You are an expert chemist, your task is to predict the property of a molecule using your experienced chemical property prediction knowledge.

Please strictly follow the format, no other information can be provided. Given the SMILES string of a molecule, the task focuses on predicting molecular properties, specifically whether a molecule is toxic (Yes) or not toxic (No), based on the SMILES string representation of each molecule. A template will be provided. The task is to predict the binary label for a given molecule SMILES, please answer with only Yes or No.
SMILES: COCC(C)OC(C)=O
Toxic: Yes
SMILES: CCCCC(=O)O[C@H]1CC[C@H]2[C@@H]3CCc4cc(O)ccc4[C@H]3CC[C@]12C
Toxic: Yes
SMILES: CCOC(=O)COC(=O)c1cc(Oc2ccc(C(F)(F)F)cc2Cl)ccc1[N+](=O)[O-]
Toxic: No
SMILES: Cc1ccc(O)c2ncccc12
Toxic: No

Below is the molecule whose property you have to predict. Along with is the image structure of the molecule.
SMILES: Cc1ccc2c(n1)Oc1ccc(C(C)C(=O)OCC(=O)N(C)C)cc1C2
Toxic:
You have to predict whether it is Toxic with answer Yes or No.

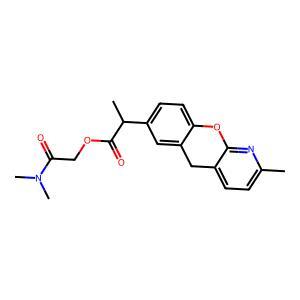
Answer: Yes